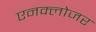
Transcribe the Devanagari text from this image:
एनक्लोजर